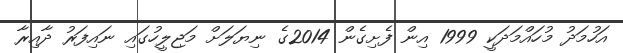
އަހުމަދު މުހައްމަދަކީ 1999 އިން ފެށިގެން 2014ގެ ނިޔަލަށް މަޖިލީހުގައި ނައިފަރު ދާއިރާ